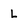
Character: l